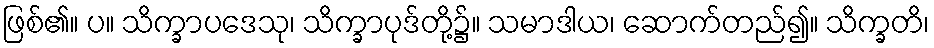
ဖြစ်၏။ ပ။ သိက္ခာပဒေသု၊ သိက္ခာပုဒ်တို့၌။ သမာဒါယ၊ ဆောက်တည်၍။ သိက္ခတိ၊